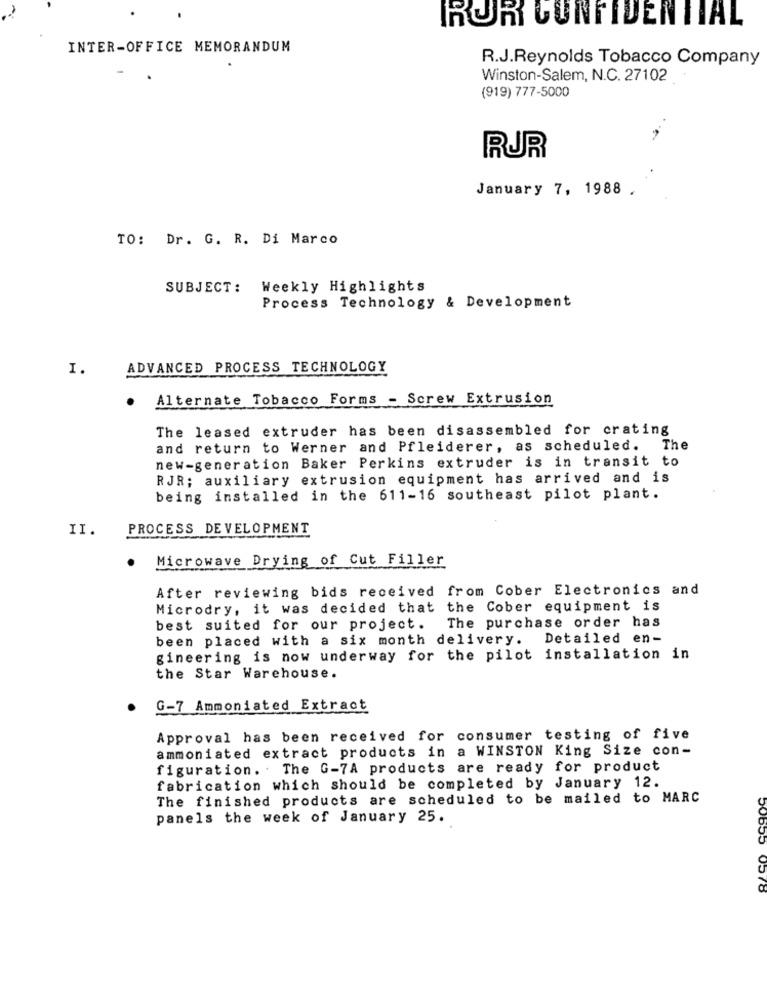
ROR CONFIDENTIAL
INTER-OFFICE MEMORANDUM
R.J.Reynolds Tobacco Company
Winston-Salem, N.C. 27102
(919) 777-5000
RUR
January 7, 1988 .
TO: Dr. G. R. Di Marco
SUBJECT :
Weekly Highlights
Process Technology & Development
I.
ADVANCED PROCESS TECHNOLOGY
Alternate Tobacco Forms - Screw Extrusion
The leased extruder has been disassembled for crating
and return to Werner and Pfleiderer, as scheduled. The
new-generation Baker Perkins extruder is in transit to
RJR; auxiliary extrusion equipment has arrived and is
being installed in the 611-16 southeast pilot plant.
II.
PROCESS DEVELOPMENT
Microwave Drying of Cut Filler
After reviewing bids received from Cober Electronics and
Microdry, it was decided that the Cober equipment is
best suited for our project. The purchase order has
been placed with a six month delivery. Detailed en-
gineering is now underway for the pilot installation in
the Star Warehouse.
G-7 Ammoniated Extract
Approval has been received for consumer testing of five
ammoniated extract products in a WINSTON King Size con-
figuration. The G-7A products are ready for product
fabrication which should be completed by January 12.
The finished products are scheduled to be mailed to MARC
panels the week of January 25.